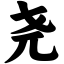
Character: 尧